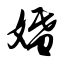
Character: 婚